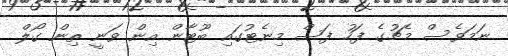
ނަމަވެސް މެޗުގެ ފަހު ފަސް މިނެޓުގައި ބޫޓާން އިން ވަނީ ތިން ގޯލް